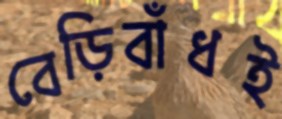
বেড়িবাঁধই